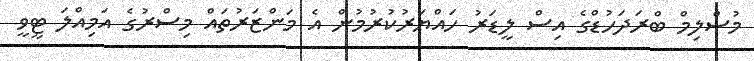
މުސްލިމް ބްރަދަހުޑްގެ އިސް ލީޑަރު ހައްޔަރުކުރުމުން އެ މަންޒަރުތައް މިސްރުގެ އަމިއްލަ ޓީވީ